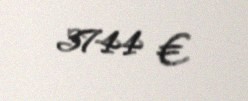
3744 €